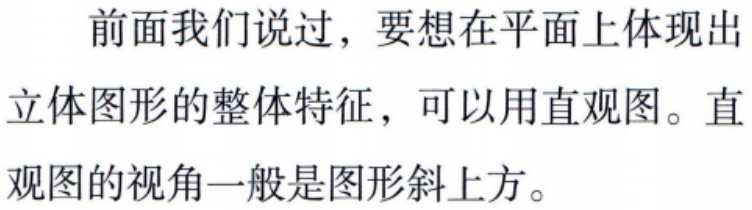
前面我们说过，要想在平面上体现出立体图形的整体特征，可以用直观图。直观图的视角一般是图形斜上方。